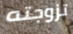
تزوجته